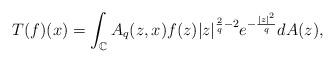
LaTeX: \begin{align*}\displaystyle T(f)(x)=\int_{\mathbb{C}}{A_q(z,x)}f(z)|z|^{\frac{2}{q}-2}e^{-\frac{|z|^2}{q}}dA(z),\end{align*}